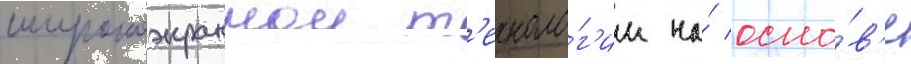
широкоэкраннои т'ехноло́г'ии на́ осно́в'е